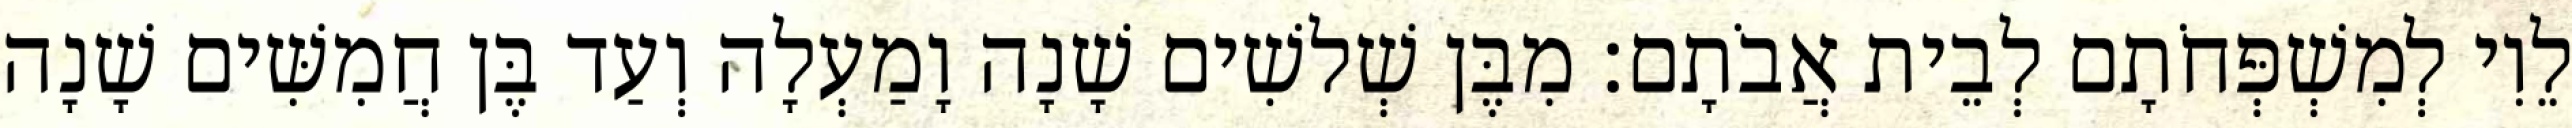
לֵוִי לְמִשְׁפְּחֹתָם לְבֵית אֲבֹתָם׃ מִבֶּן שְׁלשִׁים שָׁנָה וָמַעְלָה וְעַד בֶּן חֲמִשִּׁים שָׁנָה